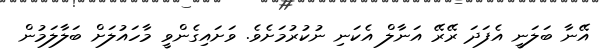
އޭނާ ބަލަނީ އެފަދަ ރޭރޭ އަނާލް އެކަނި ނުކުރުމަށެވެ. ވަށައިގެންވީ މާހައުލަށް ބަލާލަމުން